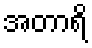
အတာရိ